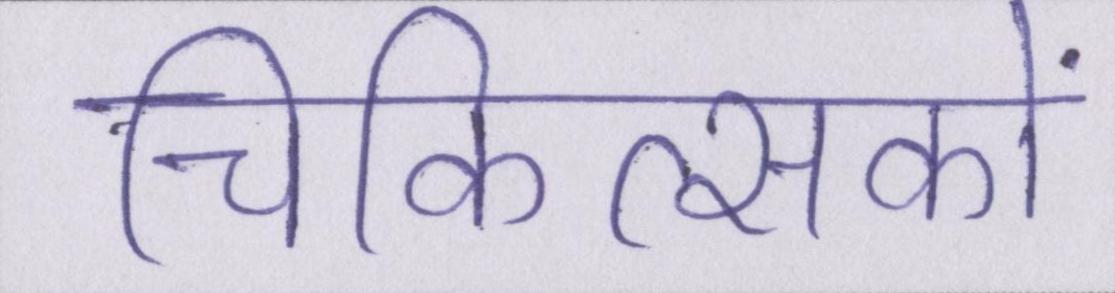
चिकित्सकों